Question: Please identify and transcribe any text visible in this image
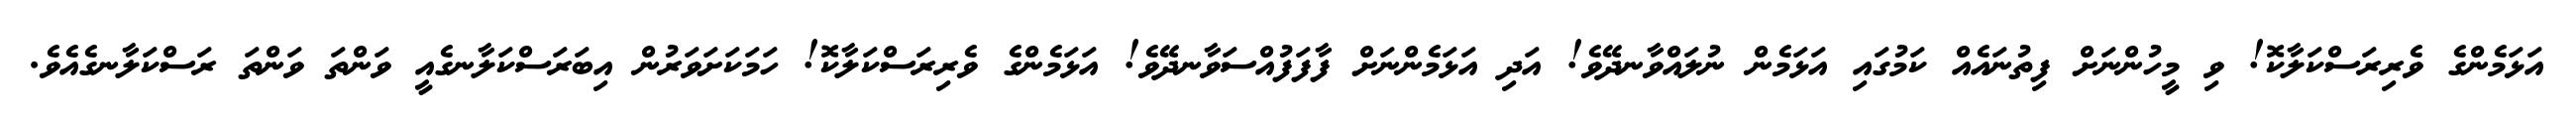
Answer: އަޅަމެންގެ ވެރިރަސްކަލާކޮ! ވި މީހުންނަށް ފިތުނައެއް ކަމުގައި އަޅަމެން ނުލައްވާނދޭވެ! އަދި އަޅަމެންނަށް ފާފަފުއްސަވާނދޭވެ! އަޅަމެންގެ ވެރިރަސްކަލާކޮ! ހަމަކަށަވަރުން އިބަރަސްކަލާނގެއީ ވަންތަ ވަންތަ ރަސްކަލާނގެއެވެ.